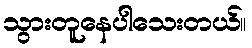
သွားတူနေပါသေးတယ်။